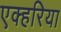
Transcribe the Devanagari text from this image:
एक्हरिया